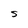
Character: S